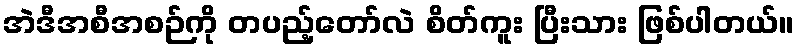
အဲဒီအစီအစဉ်ကို တပည့်တော်လဲ စိတ်ကူး ပြီးသား ဖြစ်ပါတယ်။